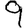
Digit: 9